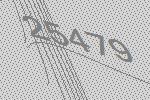
25479